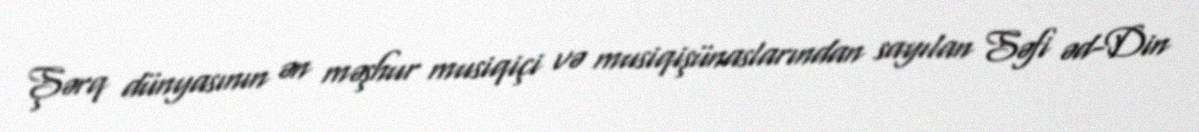
Şərq dünyasının ən məşhur musiqiçi və musiqişünaslarından sayılan Səfi əd-Din